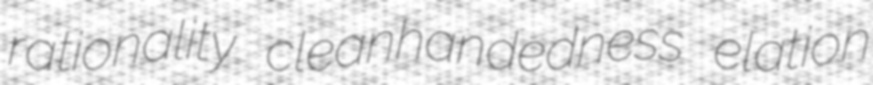
rationality cleanhandedness elation